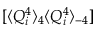
[ \langle Q _ { i } ^ { 4 } \rangle _ { 4 } \langle Q _ { i } ^ { 4 } \rangle _ { - 4 } ]